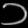
Digit: ၁